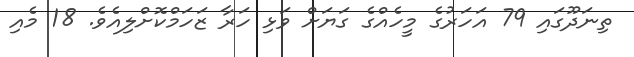
ތިނަދޫގައި 79 އަހަރުގެ މީހެއްގެ ގަޔަށް ވަޅި ހަރާ ޒަހަމްކޮށްލިއެވެ. 18 މެއި